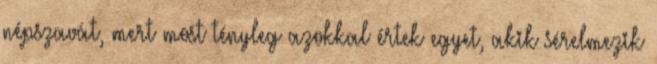
népszavát, mert most tényleg azokkal értek egyet, akik sérelmezik